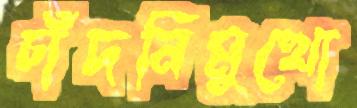
চাঁদনিমুখো